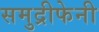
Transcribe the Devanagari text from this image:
समुद्रीफेनी